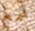
شمع